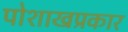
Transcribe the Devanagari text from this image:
पोशाखप्रकार